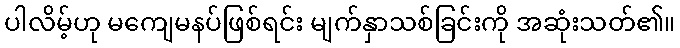
ပါလိမ့်ဟု မကျေမနပ်ဖြစ်ရင်း မျက်နှာသစ်ခြင်းကို အဆုံးသတ်၏။